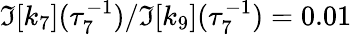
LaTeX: \Im[k_{7}](\tau_{7}^{-1})/\Im[k_{9}](\tau_{7}^{-1})=0.01